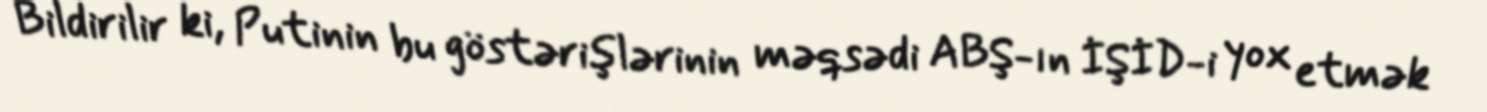
Bildirilir ki, Putinin bu göstərişlərinin məqsədi ABŞ-ın İŞİD-i yox etmək